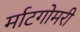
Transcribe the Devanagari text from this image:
र्माटगोमरी